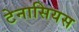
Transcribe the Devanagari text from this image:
टेनासियस